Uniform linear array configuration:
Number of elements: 24
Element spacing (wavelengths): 0.75
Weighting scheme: binomial
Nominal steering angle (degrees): -30
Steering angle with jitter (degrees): -29.65
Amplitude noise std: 0.05
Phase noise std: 0.05

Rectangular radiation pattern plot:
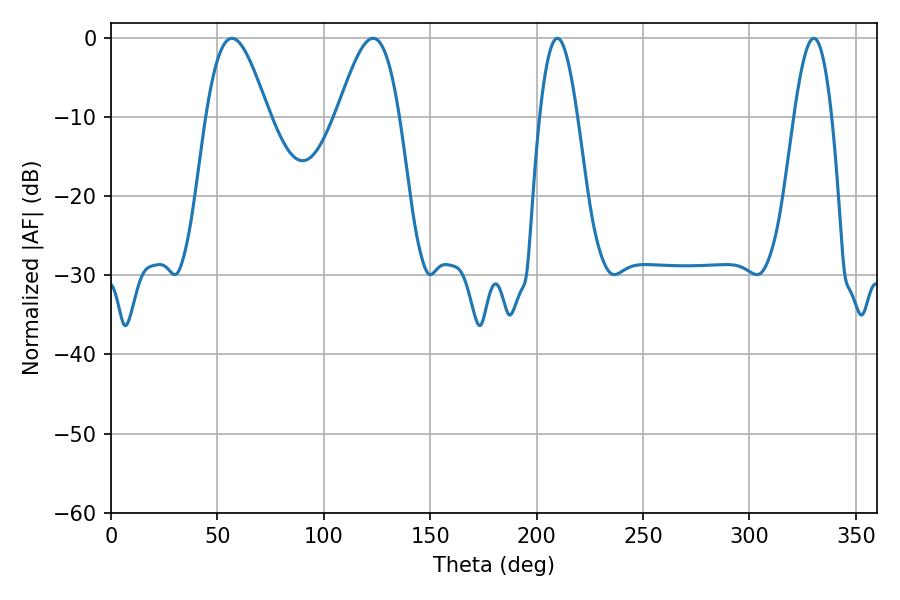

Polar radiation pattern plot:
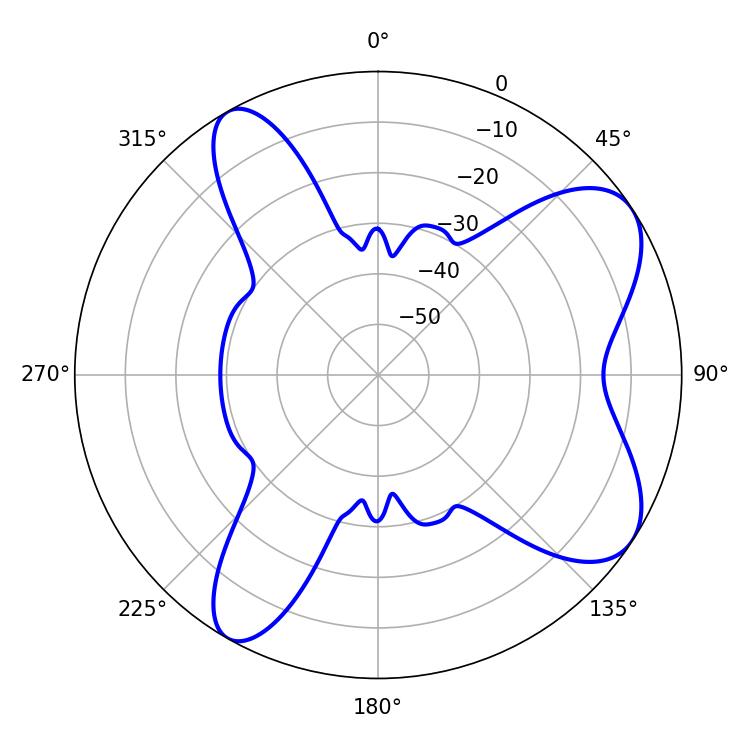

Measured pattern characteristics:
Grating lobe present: TRUE
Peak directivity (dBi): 7.692
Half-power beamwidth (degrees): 15.66
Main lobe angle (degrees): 56.88